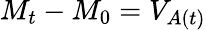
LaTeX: M_{t}-M_{0}=V_{A(t)}